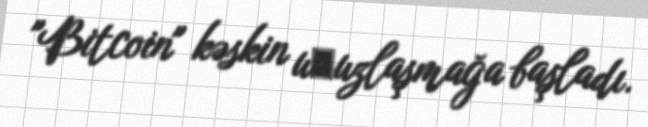
"Bitcoin" kəskin uсuzlaşmağa başladı.